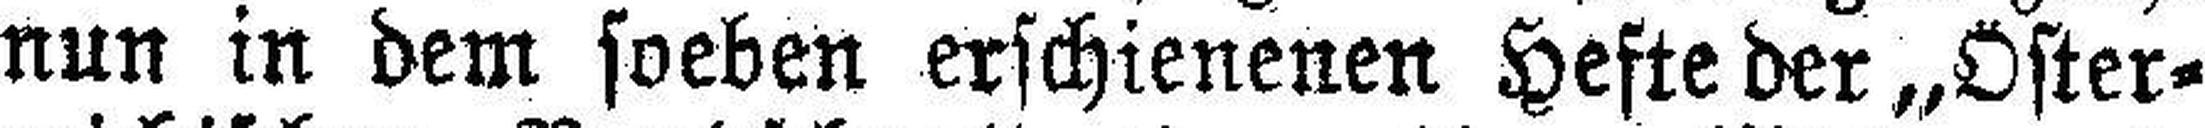
nun in dem soeben erschienenen Hefte der „Öster¬